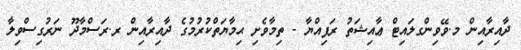
ދާއިރާއިން މ.ވޭވިންގލައިޓް ޢާއިޝަތު ރަފިއްޔާ - ތިމާވެށި ޙިމާޔަތްކުރުމުގެ ދާއިރާއިން ރ.ރަސްމާދޫ ނަރުގިސްވިލާ